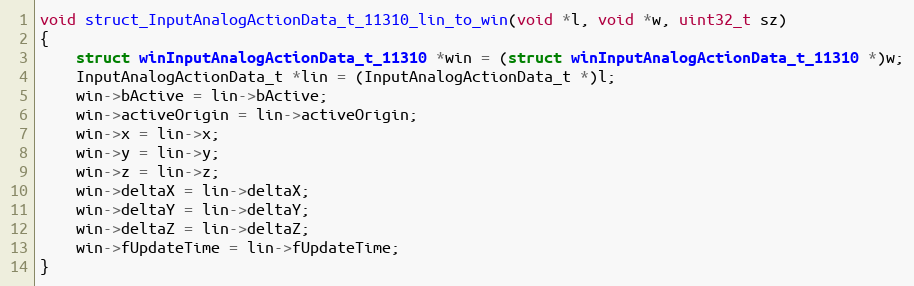
Language: C++
void struct_InputAnalogActionData_t_11310_lin_to_win(void *l, void *w, uint32_t sz)
{
    struct winInputAnalogActionData_t_11310 *win = (struct winInputAnalogActionData_t_11310 *)w;
    InputAnalogActionData_t *lin = (InputAnalogActionData_t *)l;
    win->bActive = lin->bActive;
    win->activeOrigin = lin->activeOrigin;
    win->x = lin->x;
    win->y = lin->y;
    win->z = lin->z;
    win->deltaX = lin->deltaX;
    win->deltaY = lin->deltaY;
    win->deltaZ = lin->deltaZ;
    win->fUpdateTime = lin->fUpdateTime;
}